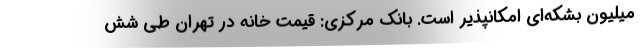
میلیون بشکه‌ای امکانپذیر است. بانک مرکزی: قیمت خانه در تهران طی شش